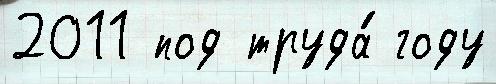
2011 под труда́ году